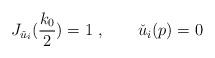
LaTeX: \begin{align*}J_{\check{u}_i}(\frac{k_0}{2})= 1\ , \quad\quad\check{u}_i(p)= 0 \end{align*}